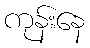
ကုန်းနေ